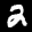
Label: 2